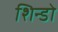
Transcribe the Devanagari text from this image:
शिन्डो